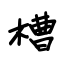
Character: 槽